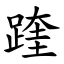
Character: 䠑